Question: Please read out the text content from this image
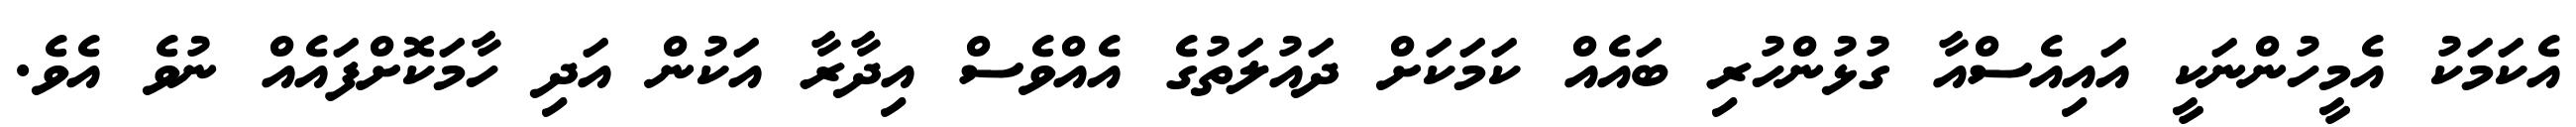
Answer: އެކަމަކު އެމީހުންނަކީ އައިއެސްއާ ގުޅުންހުރި ބައެއް ކަމަކަށް ދައުލަތުގެ އެއްވެސް އިދާރާ އަކުން އަދި ހާމަކޮށްފައެއް ނުވެ އެވެ.